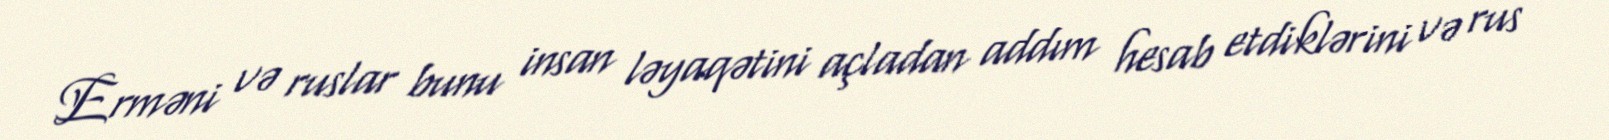
Erməni və ruslar bunu insan ləyaqətini açladan addım hesab etdiklərini və rus